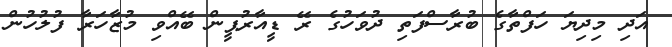
އަދި މިދިޔަ ހަފްތާގެ ބުރާސްފަތި ދުވަހުގެ ރޭ ޑީއާރުޕީން ބޭއްވި މުޒާހަރާ ފުލުހުން